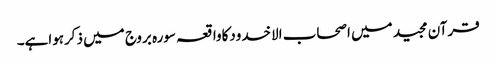
قرآن مجید میں اصحاب الاخدودکاواقعہ سورہ بروج میں ذکرہواہے۔